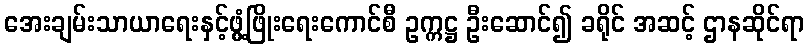
အေးချမ်းသာယာရေးနှင့်ဖွံ့ဖြိုးရေးကောင်စီ ဥက္ကဋ္ဌ ဦးဆောင်၍ ခရိုင် အဆင့် ဌာနဆိုင်ရာ